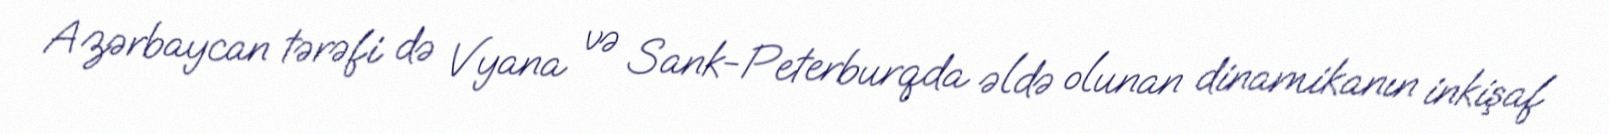
Azərbaycan tərəfi də Vyana və Sank-Peterburqda əldə olunan dinamikanın inkişaf